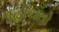
પહોચતો